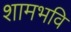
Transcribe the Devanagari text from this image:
शामभवि